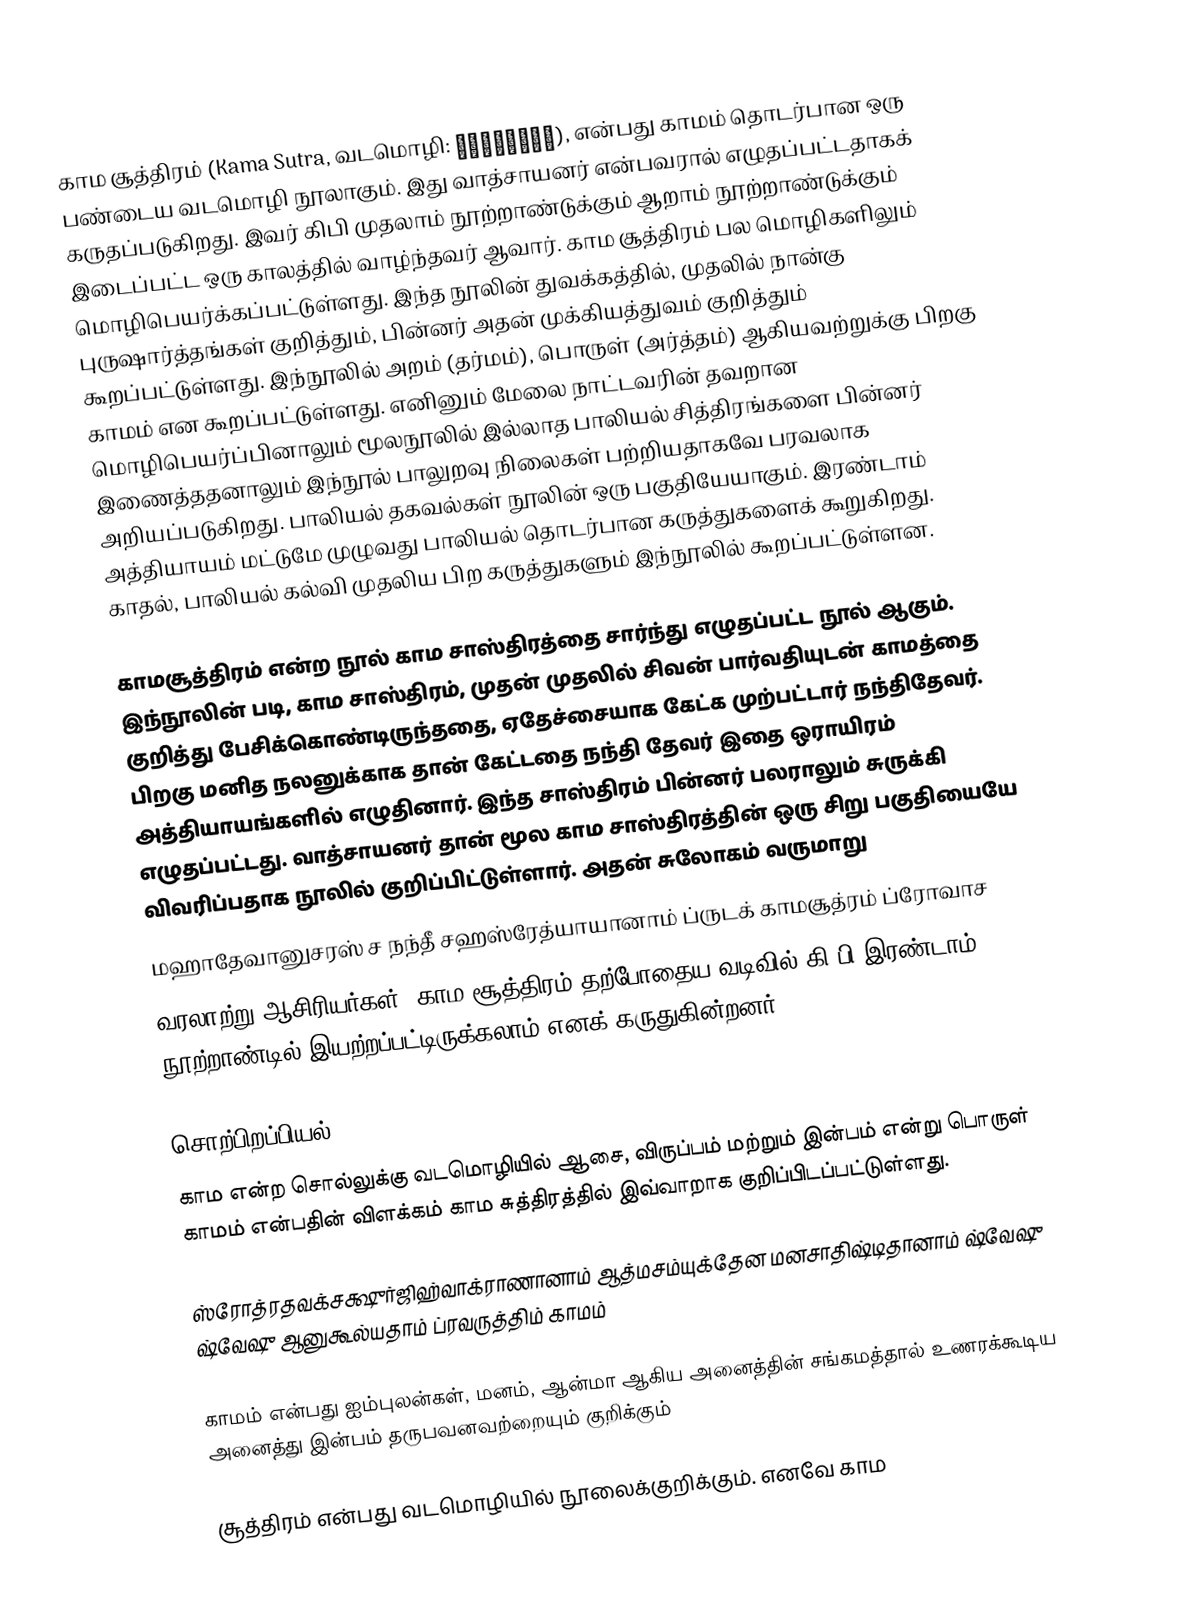
காம சூத்திரம் (Kama Sutra, வடமொழி: कामसूत्र), என்பது காமம்  தொடர்பான ஒரு பண்டைய வடமொழி நூலாகும். இது வாத்சாயனர் என்பவரால் எழுதப்பட்டதாகக் கருதப்படுகிறது. இவர் கிபி முதலாம் நூற்றாண்டுக்கும் ஆறாம் நூற்றாண்டுக்கும் இடைப்பட்ட ஒரு காலத்தில் வாழ்ந்தவர் ஆவார். காம சூத்திரம் பல மொழிகளிலும் மொழிபெயர்க்கப்பட்டுள்ளது. இந்த நூலின் துவக்கத்தில், முதலில் நான்கு புருஷார்த்தங்கள் குறித்தும், பின்னர் அதன் முக்கியத்துவம் குறித்தும் கூறப்பட்டுள்ளது. இந்நூலில் அறம் (தர்மம்), பொருள் (அர்த்தம்) ஆகியவற்றுக்கு பிறகு காமம் என கூறப்பட்டுள்ளது. எனினும் மேலை நாட்டவரின் தவறான மொழிபெயர்ப்பினாலும் மூலநூலில் இல்லாத பாலியல் சித்திரங்களை பின்னர் இணைத்ததனாலும் இந்நூல் பாலுறவு நிலைகள் பற்றியதாகவே பரவலாக அறியப்படுகிறது. பாலியல் தகவல்கள் நூலின் ஒரு பகுதியேயாகும். இரண்டாம் அத்தியாயம் மட்டுமே முழுவது பாலியல் தொடர்பான கருத்துகளைக் கூறுகிறது. காதல், பாலியல் கல்வி முதலிய பிற கருத்துகளும் இந்நூலில் கூறப்பட்டுள்ளன.

காமசூத்திரம் என்ற நூல் காம சாஸ்திரத்தை சார்ந்து எழுதப்பட்ட நூல் ஆகும். இந்நூலின் படி, காம சாஸ்திரம், முதன் முதலில் சிவன் பார்வதியுடன் காமத்தை குறித்து பேசிக்கொண்டிருந்ததை, ஏதேச்சையாக கேட்க முற்பட்டார் நந்திதேவர். பிறகு மனித நலனுக்காக தான் கேட்டதை நந்தி தேவர் இதை ஒராயிரம் அத்தியாயங்களில் எழுதினார். இந்த சாஸ்திரம் பின்னர் பலராலும் சுருக்கி எழுதப்பட்டது. வாத்சாயனர் தான் மூல காம சாஸ்திரத்தின் ஒரு சிறு பகுதியையே விவரிப்பதாக நூலில் குறிப்பிட்டுள்ளார். அதன் சுலோகம் வருமாறு
மஹாதேவானுசரஸ் ச நந்தீ சஹஸ்ரேத்யாயானாம் ப்ருடக் காமசூத்ரம் ப்ரோவாச
வரலாற்று ஆசிரியர்கள், காம சூத்திரம் தற்போதைய வடிவில் கி.பி.இரண்டாம் நூற்றாண்டில் இயற்றப்பட்டிருக்கலாம் எனக் கருதுகின்றனர்.

சொற்பிறப்பியல்
காம என்ற சொல்லுக்கு வடமொழியில் ஆசை, விருப்பம் மற்றும் இன்பம் என்று பொருள் காமம் என்பதின் விளக்கம் காம சுத்திரத்தில் இவ்வாறாக குறிப்பிடப்பட்டுள்ளது.

ஸ்ரோத்ரதவக்சக்ஷுர்ஜிஹ்வாக்ராணானாம் ஆத்மசம்யுக்தேன மனசாதிஷ்டிதானாம் ஷ்வேஷு ஷ்வேஷு ஆனுகூல்யதாம் ப்ரவருத்திம் காமம்

காமம் என்பது ஐம்புலன்கள், மனம், ஆன்மா ஆகிய அனைத்தின் சங்கமத்தால் உணரக்கூடிய அனைத்து இன்பம் தருபவனவற்றையும் குறிக்கும்

சூத்திரம் என்பது வடமொழியில் நூலைக்குறிக்கும். எனவே காம